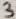
Text: 3